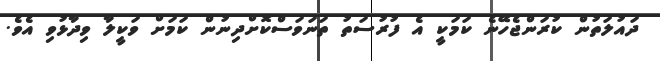
ދައުލަތުން ކުރަންޖެހޭނެ ކަމަކީ އެ ފުރުސަތު ތަނަވަސްކޮށްދިނުން ކަމަށް ވަކީލާ ވިދާޅުވި އެވެ.